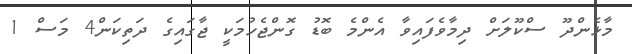
މާޅެންދޫ ސްކޫލަށް ދިމާވެފައިވާ އެންމެ ބޮޑު ގޮންޖެހުމަކީ ޖާގައިގެ ދަތިކަން4 މަސް 1